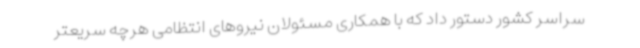
سراسر کشور دستور داد که با همکاری مسئولان نیروهای انتظامی هرچه سریعتر